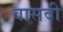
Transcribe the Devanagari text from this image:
वासवी